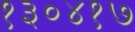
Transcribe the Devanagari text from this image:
१३०४१७